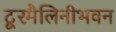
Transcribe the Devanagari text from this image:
टूरमैलिनीभवन